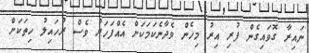
ނައިރާ ގޮވައިގެން ފުރި އިރު މިހެން ވެދާނެކަމަކަށް އެއްފަހަރު ވެސް ރުހައިލު ހިތަކަށް